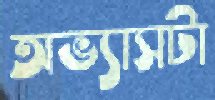
অভ্যাসটা